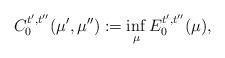
LaTeX: \begin{align*} C_0^{t',t''}(\mu',\mu''):=\inf_\mu E_0^{t',t''}(\mu),\end{align*}